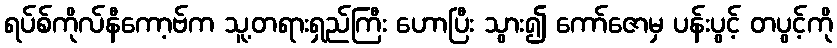
ရပ်စ်ကိုလ်နီကော့ဗ်က သူ့တရားရှည်ကြီး ဟောပြီး သွား၍ ကော်ဇောမှ ပန်းပွင့် တပွင့်ကို